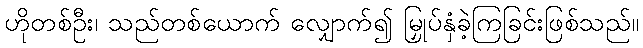
ဟိုတစ်ဦး၊ သည်တစ်ယောက် လျှောက်၍ မြှုပ်နှံခဲ့ကြခြင်းဖြစ်သည်။